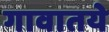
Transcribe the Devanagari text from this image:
गावातये